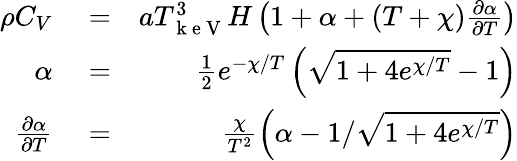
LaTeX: \begin{array}{rlr}{\rho C_{V}}&{{}=}&{aT_{\mathrm{~k~e~V~}}^{3}H\left(1+\alpha+\left(T+\chi\right)\frac{\partial\alpha}{\partial T}\right)}\\ {\alpha}&{{}=}&{\frac{1}{2}e^{-\chi/T}\left(\sqrt{1+4e^{\chi/T}}-1\right)}\\ {\frac{\partial\alpha}{\partial T}}&{{}=}&{\frac{\chi}{T^{2}}\left(\alpha-1/\sqrt{1+4e^{\chi/T}}\right)}\end{array}